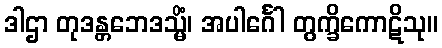
ဒါဌာ တုဒန္တဘေဒသ္မိံ၊ အပါင်္ဂေါ တွက္ခိကောဋိသု။